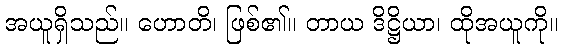
အယူရှိသည်။ ဟောတိ၊ ဖြစ်၏။ တာယ ဒိဋ္ဌိယာ၊ ထိုအယူကို။